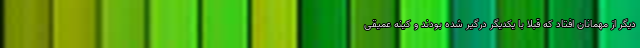
دیگر از مهمانان افتاد که قبلا با یکدیگر درگیر شده بودند و کینه عمیقی